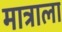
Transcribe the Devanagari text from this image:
मात्राला